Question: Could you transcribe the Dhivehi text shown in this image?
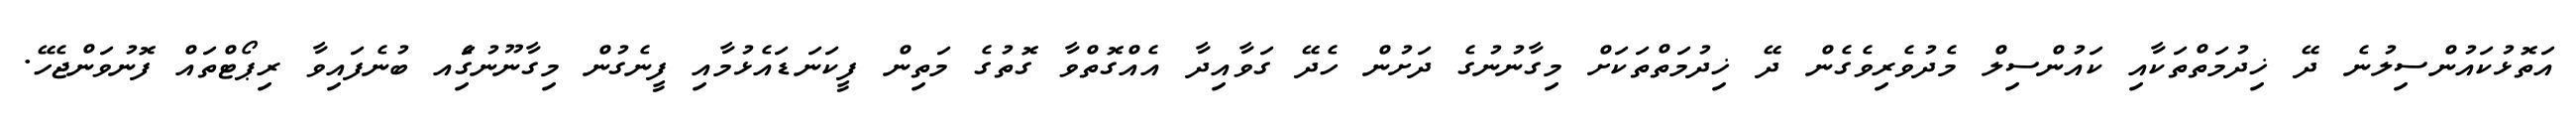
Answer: އަތޮޅުކައުންސިލުނެ ދޭ ޚިދުމަތްތަކާއި ކައުންސިލް މެދުވެރިވެގެން ދޭ ޚިދުމަތްތަކަށް މިގާނުނުގެ ދަށުން ހެދޭ ގަވާއިދާ އެއްގޮތްވާ ގޮތުގެ މަތިން ފީކަނަޑައެޅުމާއި ފީނެގުން މިގާނޫނުގެަިއ ބުނެފައިވާ ރިޕޯޓްތައް ފޮނުވަންޖެހޭ.